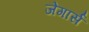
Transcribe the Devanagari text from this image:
जेगार्स